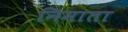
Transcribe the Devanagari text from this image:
निमाता